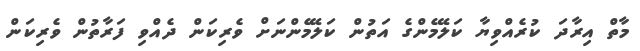
މާތް އިރާދަ ކުރެއްވިޔާ ކަލޭމެންގެ އަތުން ކަލޭމެންނަށް ވެރިކަން ދެއްވި ފަރާތުން ވެރިކަން